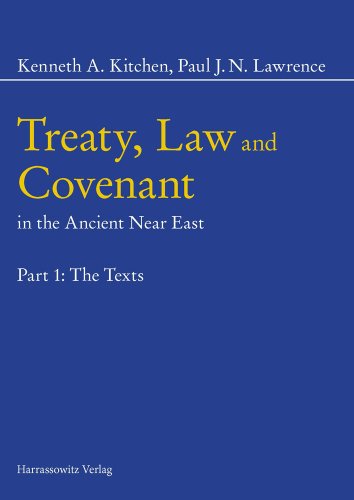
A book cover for Treaty, Law and Covenant in the Ancient Near East, Part 1-3; Kenneth A. Kitchen; History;